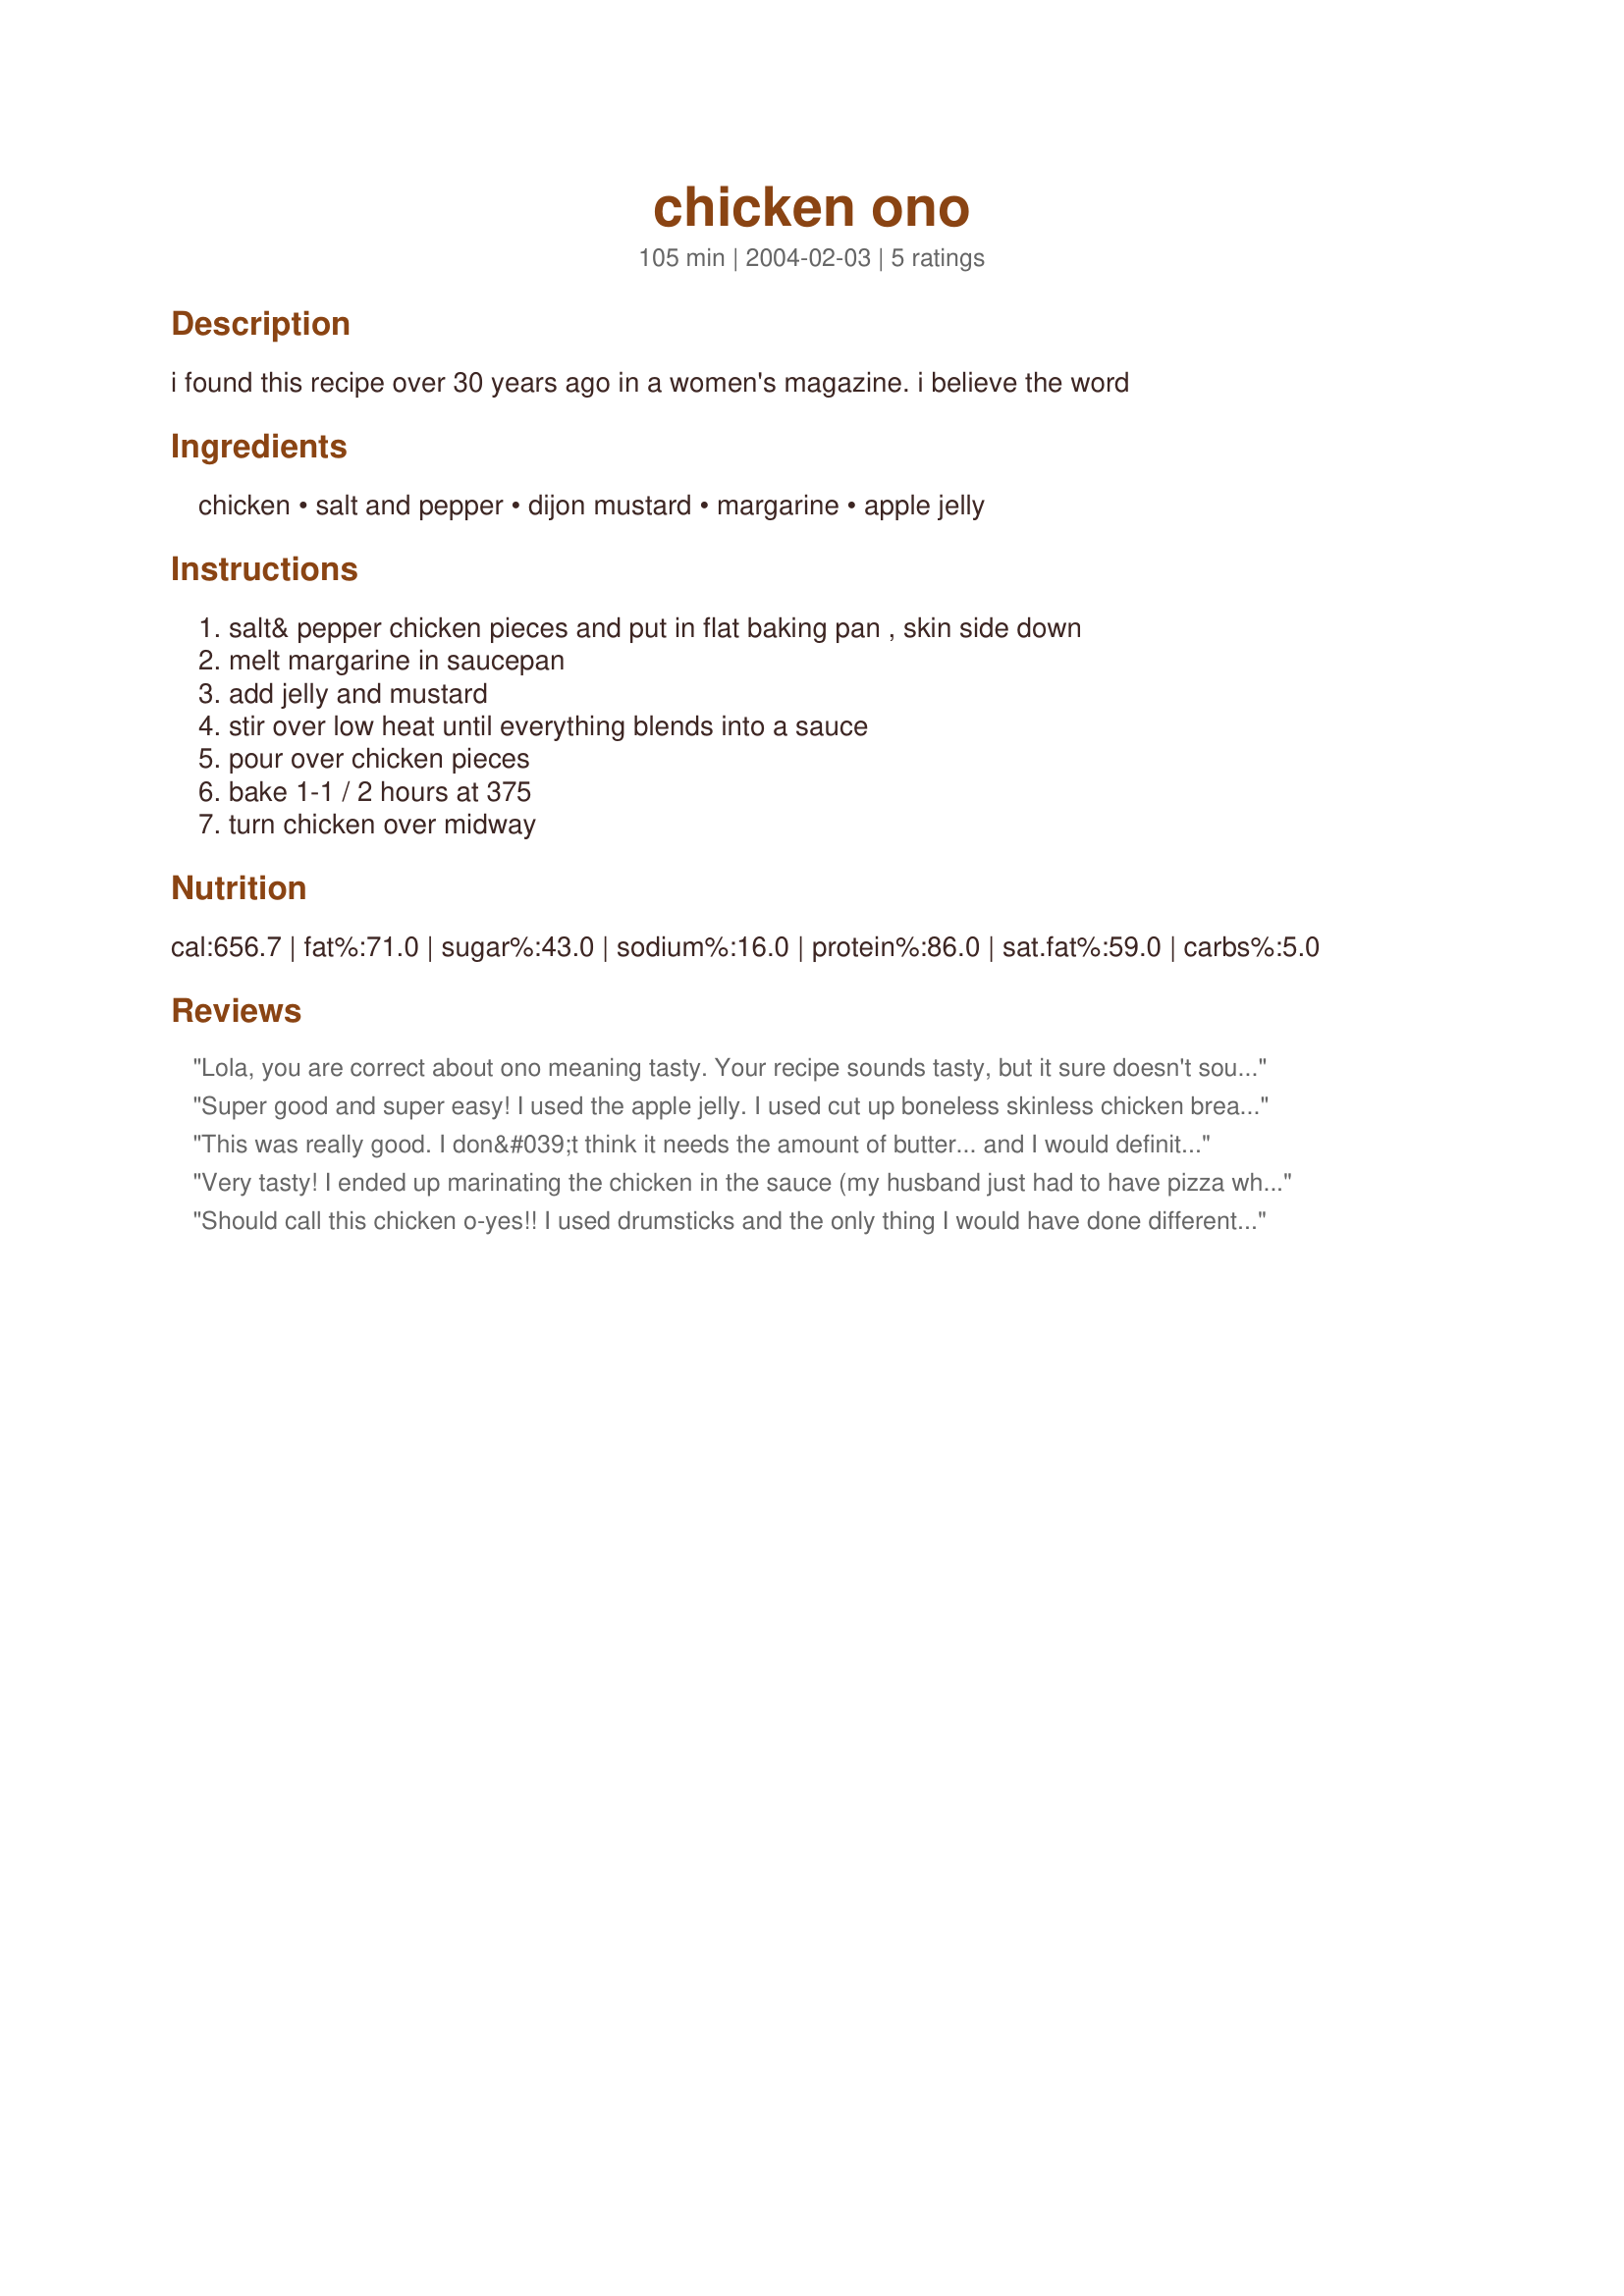
chicken ono
Preparation time: 105 minutes

i found this recipe over 30 years ago in a women's magazine. i believe the word

Ingredients:
chicken, salt and pepper, dijon mustard, margarine, apple jelly

Steps:
salt& pepper chicken pieces and put in flat baking pan , skin side down, melt margarine in saucepan, add jelly and mustard, stir over low heat until everything blends into a sauce, pour over chicken pieces, bake 1-1 / 2 hours at 375, turn chicken over midway

Reviews:
Lola, you are correct about ono meaning tasty. Your recipe sounds tasty, but it sure doesn't sound Hawaiian! Sometims soon, I'll give it a try.
Super good and super easy! I used the apple jelly. I used cut up boneless skinless chicken breasts and doubled the sauce. I served the chicken pieces over rice. The flavors go very well together. I'll be making this again. Thanx for sharing!
This was really good. I don&#039;t think it needs the amount of butter... and I would definitely take the skin off of the chicken.... double the sauce. Maybe just the apple jelly and mustard? Not sure.. but I&#039;m going to make it again. It was really delicious. Here is a recipe that was posted in 2004 and I&#039;m just now the 5th reviewer. Try this... it&#039;s really good. I served it with rice and veggies.
Very tasty! I ended up marinating the chicken in the sauce (my husband just had to have pizza when I was about to pop the chix in the oven). The chicken was tender and extra yummy!
Should call this chicken o-yes!! I used drumsticks and the only thing I would have done differently was take the skin off because I had to use a gravy separator as it was kind of greasy.
